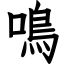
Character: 鳴